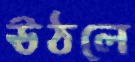
ঊঠলে